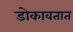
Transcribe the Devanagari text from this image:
डोकावतात